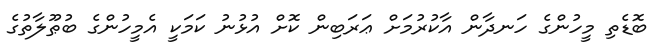
ބޮޑެތި މީހުންގެ ހަނދާން އާކުރުމަށް ޢަރަބިން ކޮށް އުޅުނު ކަމަކީ އެމީހުންގެ ބުޠޫލާތުގެ